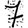
Digit: 7